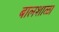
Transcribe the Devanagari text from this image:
बालशाळा